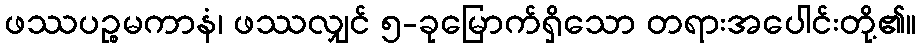
ဖဿပဉ္စမကာနံ၊ ဖဿလျှင် ၅-ခုမြောက်ရှိသော တရားအပေါင်းတို့၏။